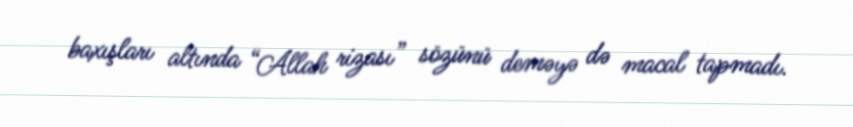
baxışları altında “Allah rizası” sözünü deməyə də macal tapmadı.